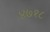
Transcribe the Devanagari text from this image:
४७१८